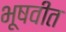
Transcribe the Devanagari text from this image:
भूषवीत